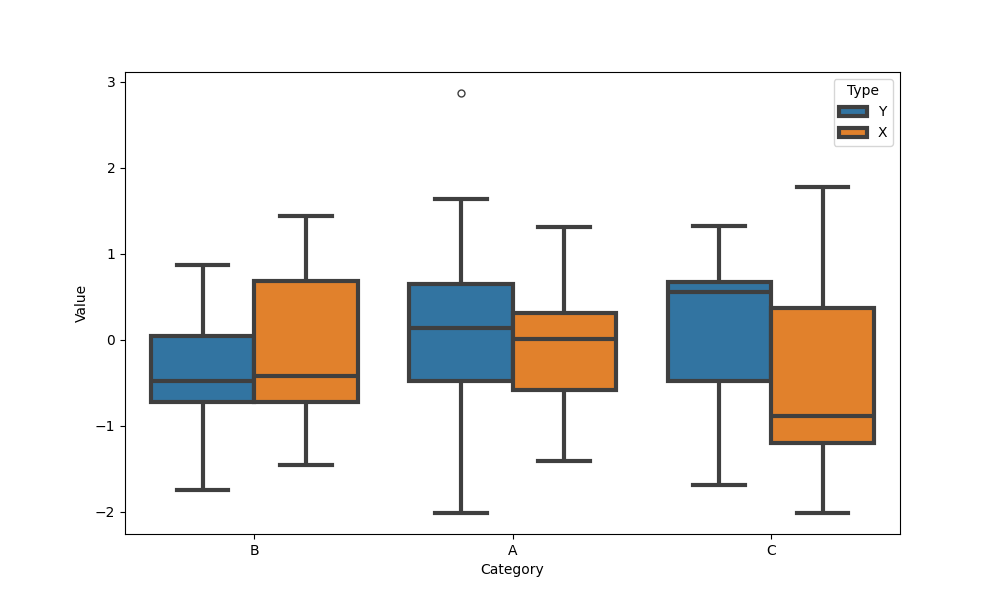
python, seaborn, boxplot, width=0.8, linewidth=3, fliersize=5, notch=False